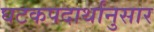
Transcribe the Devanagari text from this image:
घटकपदार्थांनुसार